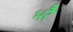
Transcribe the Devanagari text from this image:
भरै